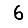
Digit: 6